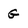
Character: G